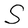
Character: S